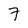
Character: 7